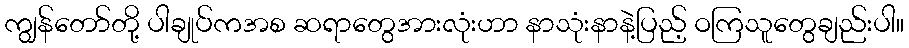
ကျွန်တော်တို့ ပါချုပ်ကအစ ဆရာတွေအားလုံးဟာ နာသုံးနာနဲ့ပြည့် ဝကြသူတွေချည်းပါ။